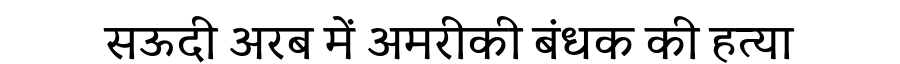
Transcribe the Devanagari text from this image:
सऊदी अरब में अमरीकी बंधक की हत्या